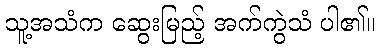
သူ့အသံက ဆွေးမြည့် အက်ကွဲသံ ပါ၏။